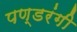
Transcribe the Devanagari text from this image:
पण्डरंगी